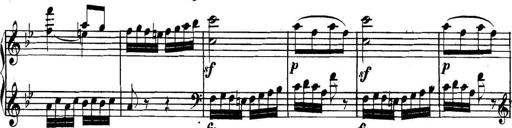
Title: Collected Piano Sonatas
Composer: Muzio Clementi